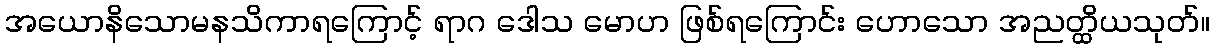
အယောနိသောမနသိကာရကြောင့် ရာဂ ဒေါသ မောဟ ဖြစ်ရကြောင်း ဟောသော အညတ္ထိယသုတ်။